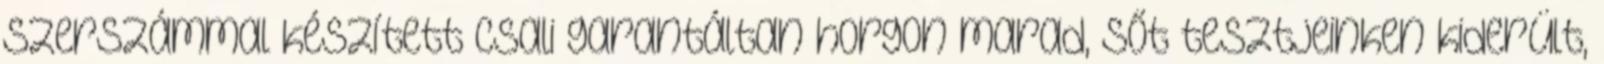
szerszámmal készített csali garantáltan horgon marad, sőt tesztjeinken kiderült,